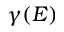
\gamma ( E )